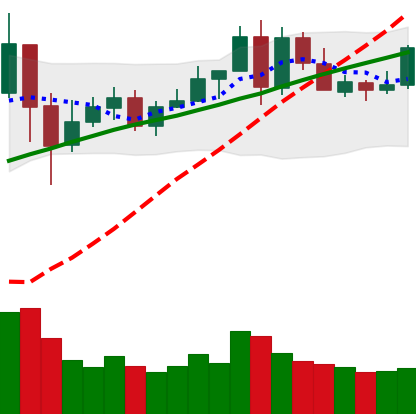
Ticker: LINK-USD
Chart end date: 2020-05-28
Forward return: 8.98%
Label: up_7plus